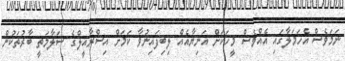
ނަމަވެސް އެހަމަލާގައި އެއްވެސް މީހަކަށް އަނިޔާއެއް ލިބިފައިނުވާ ކަމަށް އިސްރާއީލްގެ ސަލާމަތީ ބާރުތަކުން